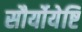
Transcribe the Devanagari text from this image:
सौर्योयेष्टि